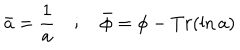
\bar { a } = \frac { 1 } { a } \quad ; \quad \bar { \phi } = \phi - T r ( { \ln a } )